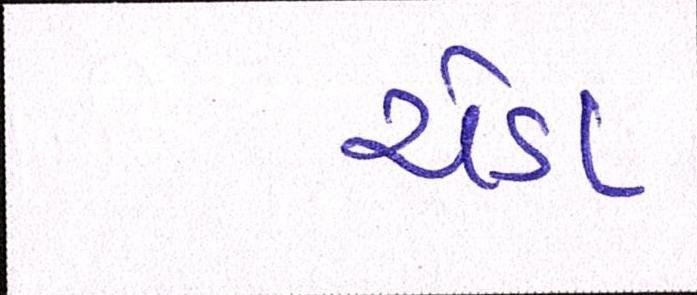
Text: ચેડા